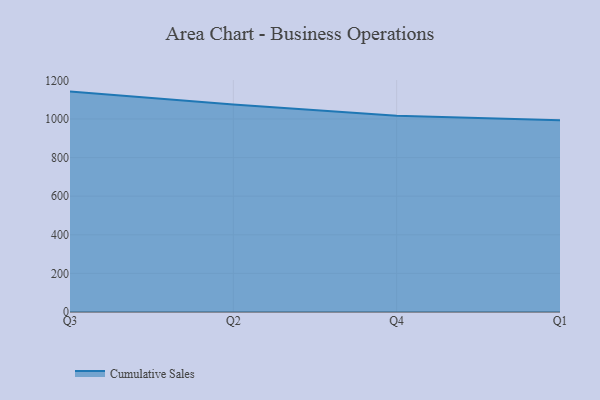
{"axis": {"x": "Quarter", "y": "Humidity (%)"}, "legend": ["Cumulative Sales"], "data": [{"x": "Q3", "y": 1142.0, "type": "Cumulative Sales"}, {"x": "Q2", "y": 1075.7, "type": "Cumulative Sales"}, {"x": "Q4", "y": 1017.5, "type": "Cumulative Sales"}, {"x": "Q1", "y": 993.0, "type": "Cumulative Sales"}]}